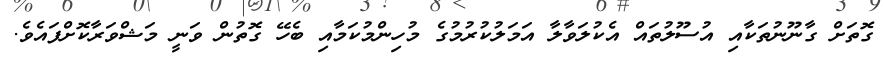
ގޮތަށް ގާނޫނުތަކާއި އުސޫލުތައް އެކުލަވާލާ އަމަލުކުރުމުގެ މުހިންމުކަމާއި ބެހޭ ގޮތުން ވަނީ މަޝްވަރާކޮށްފައެވެ.